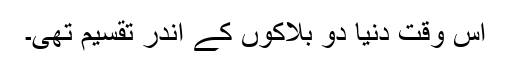
اس وقت دنیا دو بلاکوں کے اندر تقسیم تھی۔